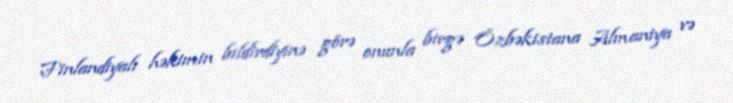
Finlandiyalı həkimin bildirdiyinə görə onunla birgə Özbəkistana Almaniya və